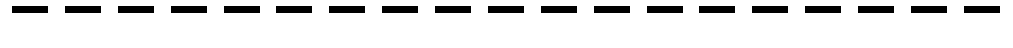
-------------------